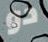
دو